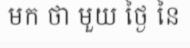
មក ថា មួយ ថ្ងៃ នៃ